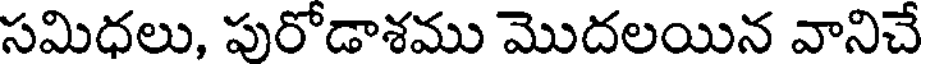
సమిధలు, పురోడాశము మొదలయిన వానిచే